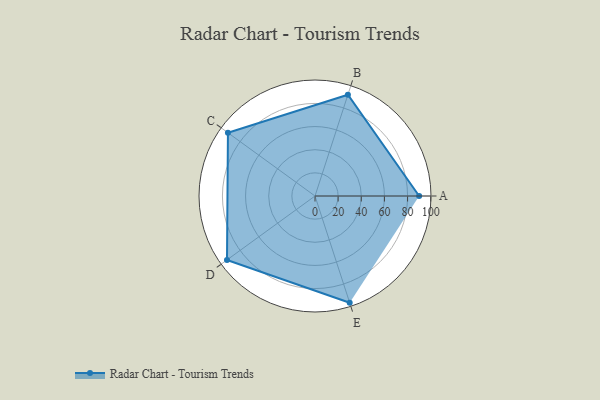
{"axis": {"x": "Skill", "y": "Score"}, "legend": ["Profile"], "data": [{"x": "A", "y": 90.0, "type": "Profile"}, {"x": "B", "y": 92.0, "type": "Profile"}, {"x": "C", "y": 93.0, "type": "Profile"}, {"x": "D", "y": 94.0, "type": "Profile"}, {"x": "E", "y": 97.0, "type": "Profile"}]}